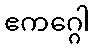
ဧကဂ္ဂေါ